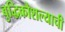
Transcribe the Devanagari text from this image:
बुद्धिकौशल्याची